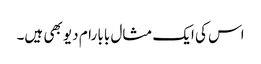
اس کی ایک مثال بابا رام دیو بھی ہیں۔